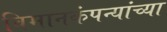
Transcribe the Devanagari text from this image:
विमानकंपन्यांच्या